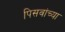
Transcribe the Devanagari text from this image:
पिसवांच्या